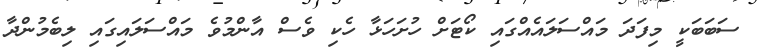
ސަބަބަކީ މިފަދަ މައްސަލައެއްގައި ކޯޓަށް ހުށަހަޅާ ހެކި ވެސް އާންމުވެ މައްސަލައިގައި ލިބެމުންދާ